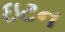
ઇટન